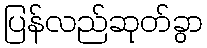
ပြန်လည်ဆုတ်ခွာ